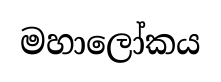
මහාලෝකය